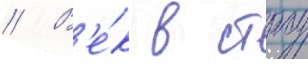
// В'е́к в строу